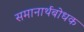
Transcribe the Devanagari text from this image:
समानार्थबोधक